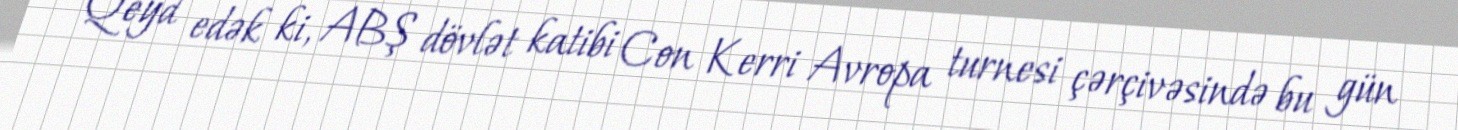
Qeyd edək ki, ABŞ dövlət katibi Con Kerri Avropa turnesi çərçivəsində bu gün